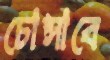
চোপ্‌সাবে